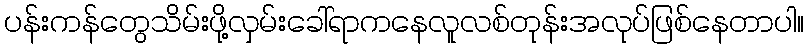
ပန်းကန်တွေသိမ်းဖို့လှမ်းခေါ်ရာကနေလူလစ်တုန်းအလုပ်ဖြစ်နေတာပါ။